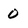
Character: 0